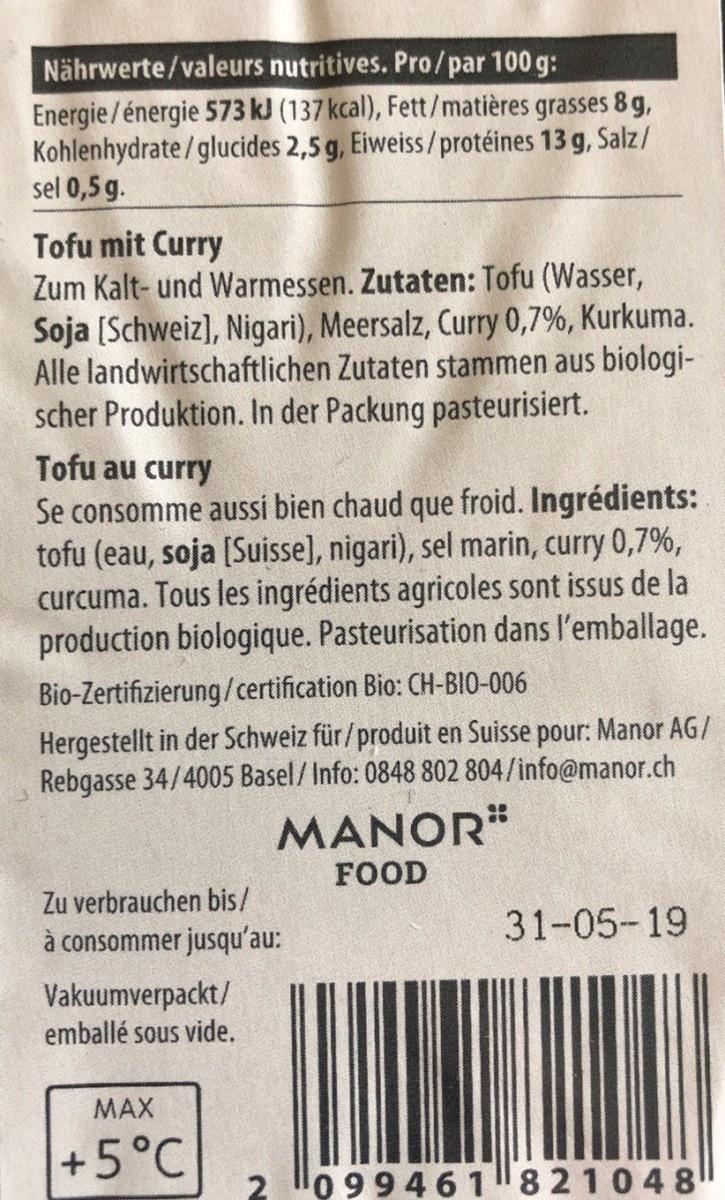
Nährwerte/valeurs nutritives. Pro/par 100 g: Energie/énergie 573 kJ (137 kcal), Fett/matières grasses 8 g, Kohlenhydrate /glucides 2,5 g, Eiweiss/protéines 13 g, Salz/ sel 0,5 g.
Tofu mit Curry Zum Kalt- und Warmessen. Zutaten: Tofu (Wasser, Soja [Schweiz], Nigari), Meersalz, Curry 0,7%, Kurkuma. Alle landwirtschaftlichen Zutaten stammen aus biologi- scher Produktion. In der Packung pasteurisiert.
Tofu au curry
Se consomme aussi bien chaud que froid. Ingrédients: tofu (eau, soja (Suisse], nigari), sel marin, curry 0,7%, curcuma. Tous les ingrédients agricoles sont issus de la production biologique. Pasteurisation dans l'emballage.
Bio-Zertifizierung/certification Bio: CH-BIO-006
Hergestellt in der Schweiz für/produit en Suisse pour: Manor AG/ Rebgasse 34/4005 Basel/Info: 0848 802 804/info@manor.ch MANOR"
FOOD
Zu verbrauchen bis/ à consommer jusqu'au:
31-05-19
Vakuumverpackt/ emballé sous vide.
MAX
+5°C 2
099461821048